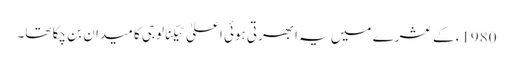
1980ء کے عشرے میں یہ ابھرتی ہوئی اعلیٰ ٹیکنالوجی کا میدان بن چکا تھا۔